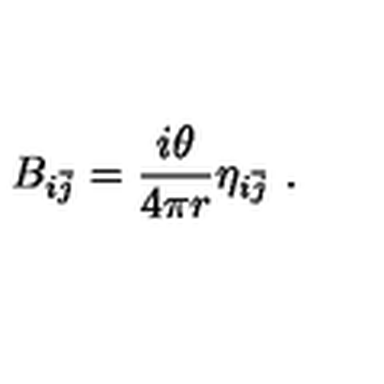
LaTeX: B _ { i \bar { j } } = \frac { i \theta } { 4 \pi r } \eta _ { i \bar { j } } \ .